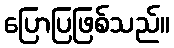
ပြောပြဖြစ်သည်။